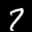
Label: 7